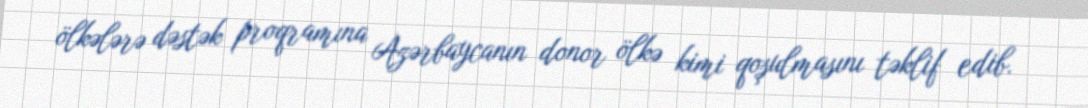
ölkələrə dəstək proqramına Azərbaycanın donor ölkə kimi qoşulmasını təklif edib.